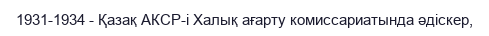
1931-1934 - Қазақ АКСР-і Халық ағарту комиссариатында әдіскер,